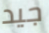
جيد